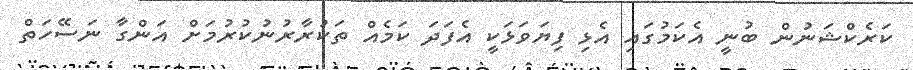
ކަރެކްޝަނުން ބުނީ އެކަމުގައި އެޅި ފިޔަވަޅަކީ އެފަދަ ކަމެއް ތަކުރާރުނުކުރުމަށް އަންގާ ނަސޭހަތް